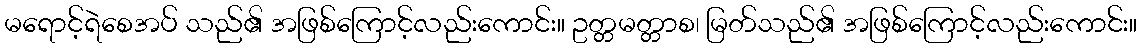
မရောင့်ရဲစေအပ် သည်၏ အဖြစ်ကြောင့်လည်းကောင်း။ ဥတ္တမတ္တာစ၊ မြတ်သည်၏ အဖြစ်ကြောင့်လည်းကောင်း။